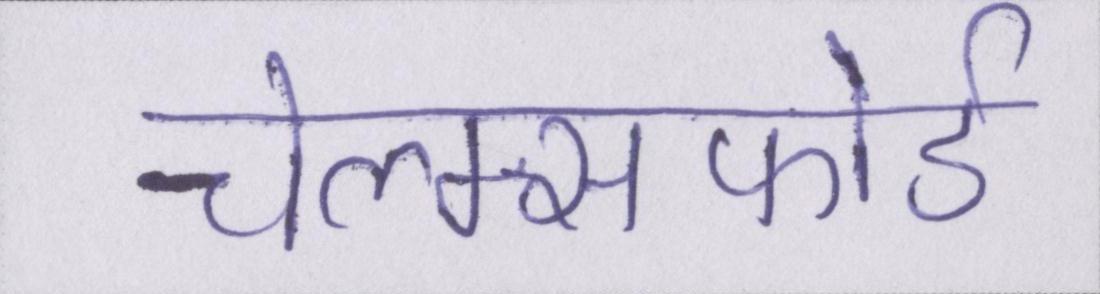
चेल्म्सफोर्ड